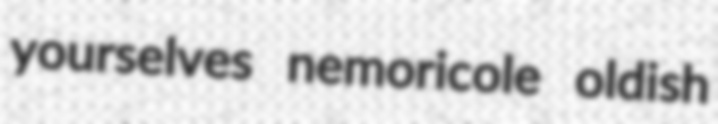
yourselves nemoricole oldish